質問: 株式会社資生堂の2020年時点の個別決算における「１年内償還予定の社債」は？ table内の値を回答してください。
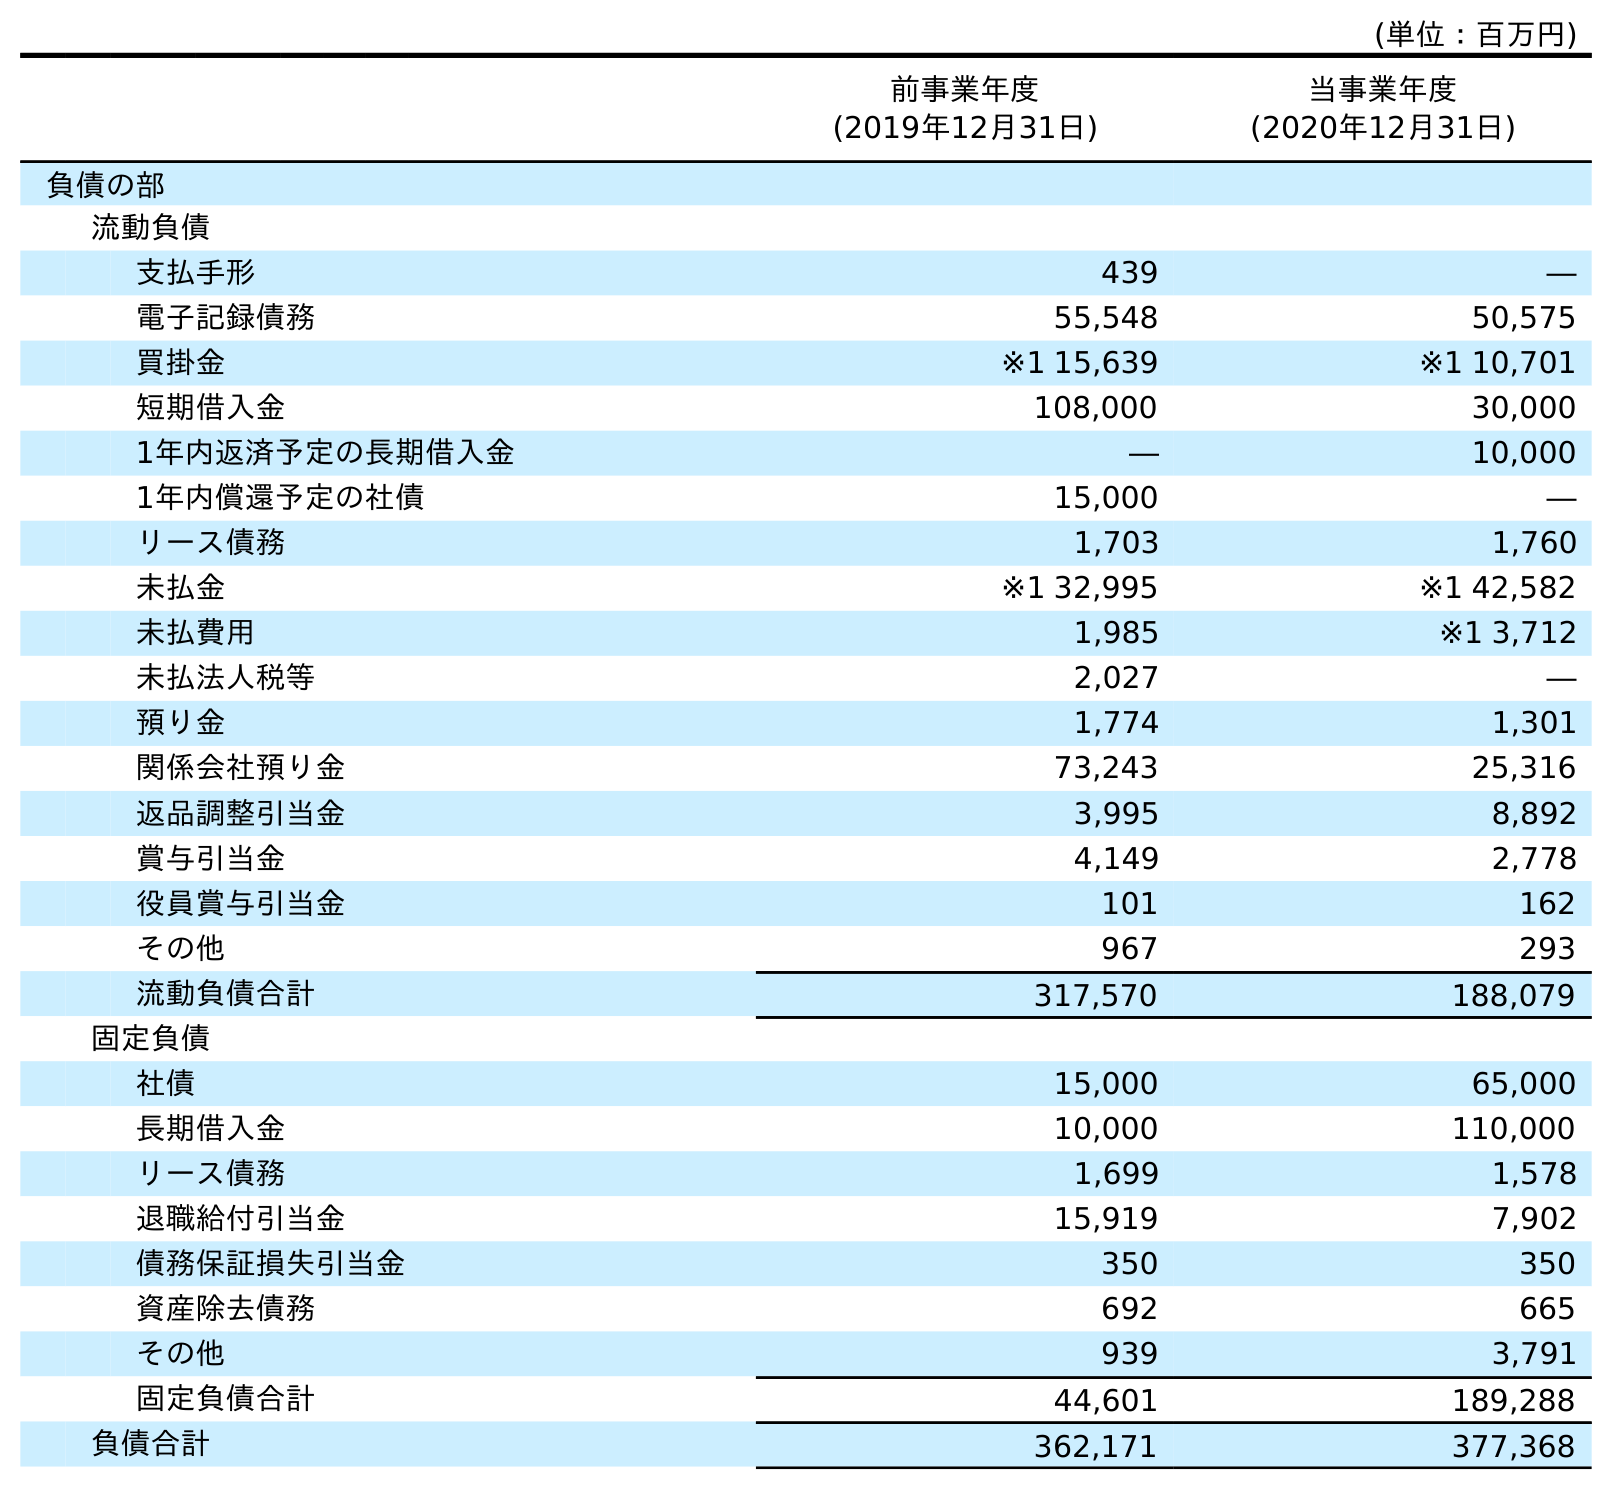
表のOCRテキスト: (単位：百万円) 前事業年度 (2019年12月31日) 当事業年度 (2020年12月31日) 負債の部 流動負債 支払手形 439 ― 電子記録債務 55,548 50,575 買掛金 ※1 15,639 ※1 10,701 短期借入金 108,000 30,000 1年内返済予定の長期借入金 ― 10,000 1年内償還予定の社債 15,000 ― リース債務 1,703 1,760 未払金 ※1 32,995 ※1 42,582 未払費用 1,985 ※1 3,712 未払法人税等 2,027 ― 預り金 1,774 1,301 関係会社預り金 73,243 25,316 返品調整引当金 3,995 8,892 賞与引当金 4,149 2,778 役員賞与引当金 101 162 その他 967 293 流動負債合計 317,570 188,079 固定負債 社債 15,000 65,000 長期借入金 10,000 110,000 リース債務 1,699 1,578 退職給付引当金 15,919 7,902 債務保証損失引当金 350 350 資産除去債務 692 665 その他 939 3,791 固定負債合計 44,601 189,288 負債合計 362,171 377,368
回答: ―